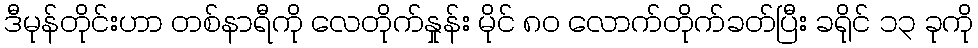
ဒီမုန်တိုင်းဟာ တစ်နာရီကို လေတိုက်နှုန်း မိုင် ၈၀ လောက်တိုက်ခတ်ပြီး ခရိုင် ၁၃ ခုကို